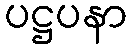
ပဋ္ဌပနာ